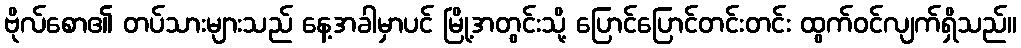
ဗိုလ်စော၏ တပ်သားများသည် နေ့အခါမှာပင် မြို့အတွင်းသို့ ပြောင်ပြောင်တင်းတင်း ထွက်ဝင်လျက်ရှိသည်။